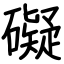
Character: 礙